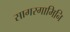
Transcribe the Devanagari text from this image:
सागरगामिनि